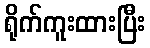
ရိုက်ကူးထားပြီး